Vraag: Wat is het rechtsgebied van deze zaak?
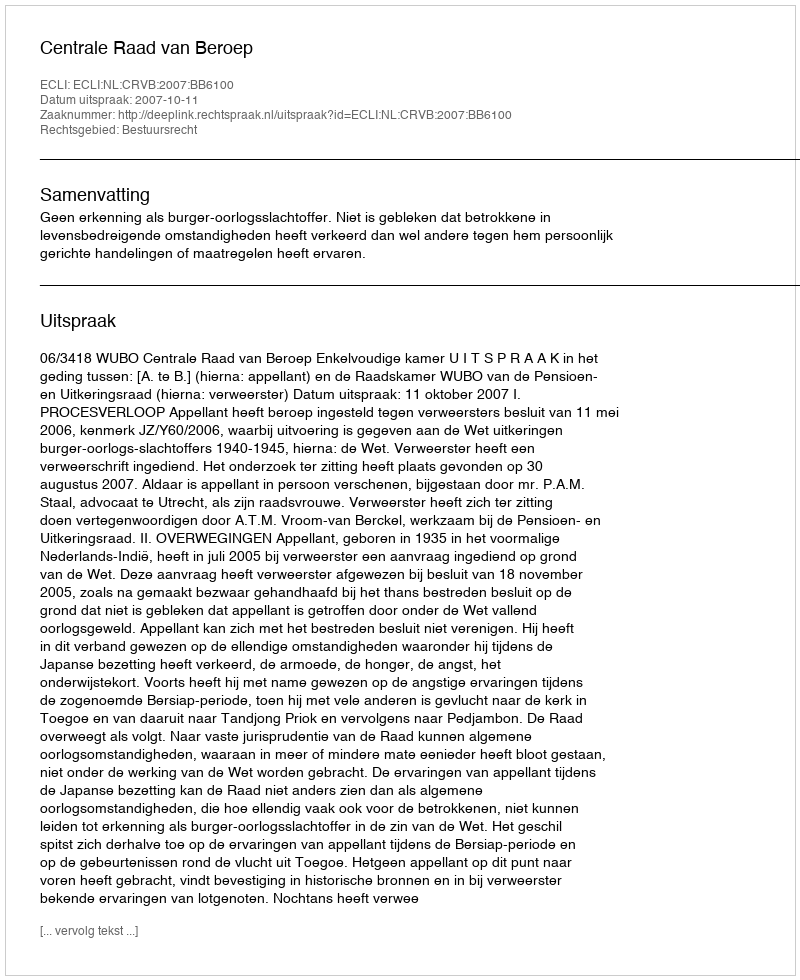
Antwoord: Bestuursrecht